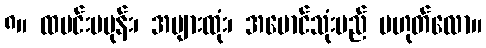
၈။ ထမင်းမမုန်း၊ အများထုံး၊ အမောင်သုံးမည် မဟုတ်လော။